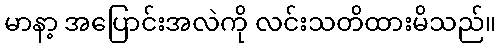
မာနာ့ အပြောင်းအလဲကို လင်းသတိထားမိသည်။